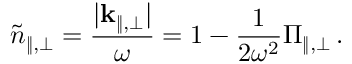
\tilde { n } _ { \| , \bot } = \frac { | { \bf k } _ { \| , \bot } | } { \omega } = 1 - \frac { 1 } { 2 \omega ^ { 2 } } \Pi _ { \| , \bot } \, .